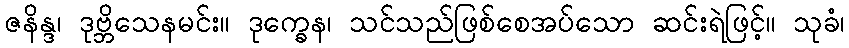
ဇနိန္ဒ၊ ဒုဗ္ဘိသေနမင်း။ ဒုက္ခေန၊ သင်သည်ဖြစ်စေအပ်သော ဆင်းရဲဖြင့်။ သုခံ၊